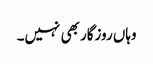
وہاں روزگار بھی نہیں۔